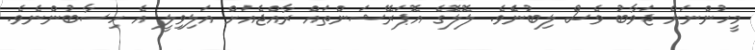
މީހުންނަށް ޖަވާބު ވެސް ލިބުނެެވެ. ލޮލޮގެ އޮޕަރޭޝަންތައް ރާއްޖެއަށް އަލިވިލީ އެ ހިސާބުންނެވެެ.